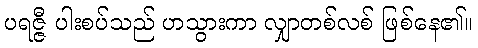
ပရဇ္ဇီ ပါးစပ်သည် ဟသွားကာ လျှာတစ်လစ် ဖြစ်နေ၏။